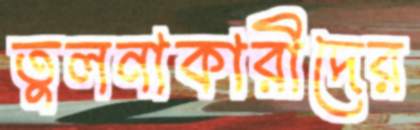
তুলনাকারীদের